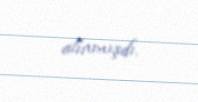
alınmışdı.